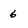
Character: 6